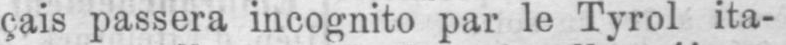
çais passera incognito par le Tyrol ita-